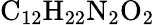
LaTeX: \textrm{C}_{12}\textrm{H}_{22}\textrm{N}_{2}\textrm{O}_{2}